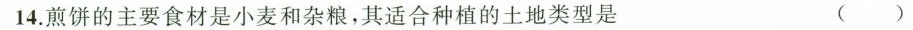
14.煎饼的主要食材是小麦和杂粮，其适合种植的土地类型是()